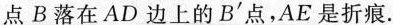
点B落在AD边上的B'点，AE是折痕.